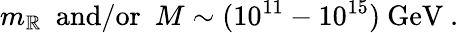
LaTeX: m_{\mathbb{R}}~~\mathrm{{and/or}}~~M\sim(10^{11}-10^{15})~\mathrm{{GeV}}~.